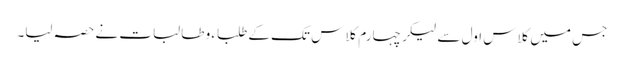
جس میں کلاس اول سے لیکر چہارم کلاس تک کے طلباء و طالبات نے حصہ لیا۔